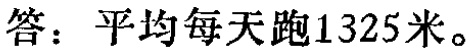
答：平均每天跑1325米。